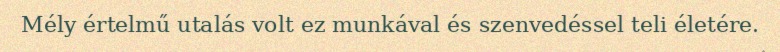
Mély értelmű utalás volt ez munkával és szenvedéssel teli életére.